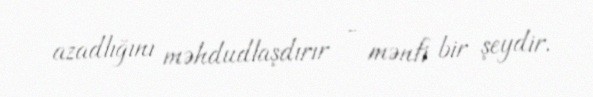
azadlığını məhdudlaşdırır - mənfi bir şeydir.